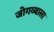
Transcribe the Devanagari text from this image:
जोगव्याला